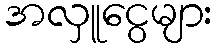
အလှူငွေများ